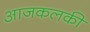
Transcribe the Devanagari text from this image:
आजकलकी